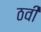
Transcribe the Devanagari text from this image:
ठवीं